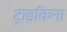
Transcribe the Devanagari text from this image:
ट्राइकिना